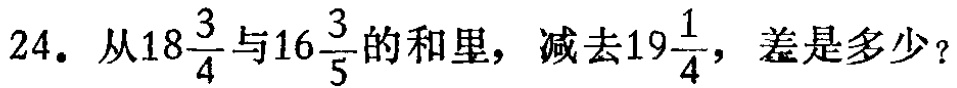
24. 从\(18\frac{3}{4}\)与\(16\frac{3}{5}\)的和里，减去\(19\frac{1}{4}\)，差是多少？